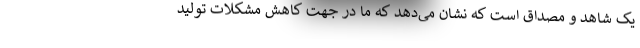
یک شاهد و مصداق است که نشان می‌دهد که ما در جهت کاهش مشکلات تولید